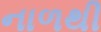
નાળથી